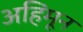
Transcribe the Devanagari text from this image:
अहिंमून